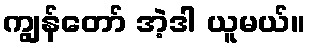
ကျွန်တော် အဲ့ဒါ ယူမယ်။